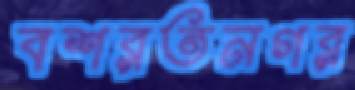
বশরতনগর